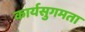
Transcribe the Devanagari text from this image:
कार्यसुगमता